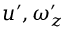
u ^ { \prime } , \omega _ { z } ^ { \prime }